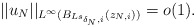
\begin{align*}||u_N||_{L^\infty(B_{Ls_{\delta_N,i}}(z_{N,i}))}=o(1).\end{align*}